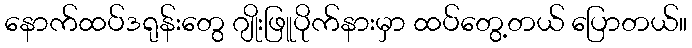
နောက်ထပ်ဒရုန်းတွေ ဂျိုးဖြူပိုက်နားမှာ ထပ်တွေ့တယ် ပြောတယ်။